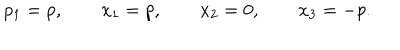
p _ { 1 } = p , \qquad x _ { 1 } = p , \qquad x _ { 2 } = 0 , \qquad x _ { 3 } = - p .